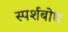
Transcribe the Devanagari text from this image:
स्पर्शबोध